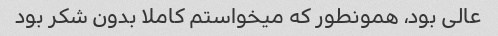
عالی بود، همونطور که میخواستم کاملا بدون شکر بود